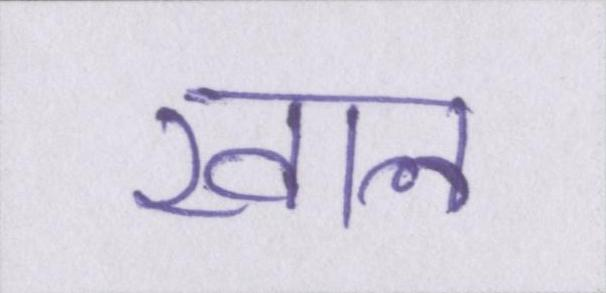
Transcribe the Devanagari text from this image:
खाल